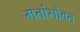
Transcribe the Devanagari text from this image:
मतांसोबत